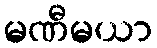
မဏီမယာ